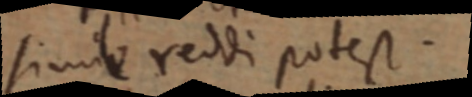
simile reddi potest.